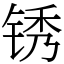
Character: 锈